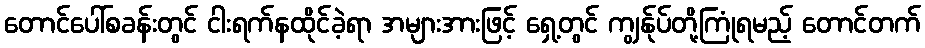
တောင်ပေါ်စခန်းတွင် ငါးရက်နထိုင်ခဲ့ရာ အများအားဖြင့် ရှေ့တွင် ကျွန်ုပ်တို့ကြုံရမည့် တောင်တက်